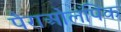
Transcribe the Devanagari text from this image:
पैराओलंपिक